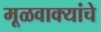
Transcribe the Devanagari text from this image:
मूळवाक्यांचे